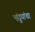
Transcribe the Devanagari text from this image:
भांड्डयांचा